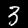
Digit: 3